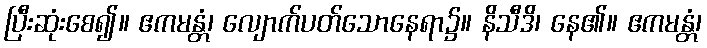
ပြီးဆုံးစေ၍။ ဧကမန္တံ၊ လျောက်ပတ်သောနေရာ၌။ နိသီဒိ၊ နေ၏။ ဧကမန္တံ၊